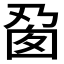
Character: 𬼎